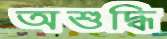
অশুদ্ধি